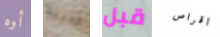
أوه لدينا قبل اقراص